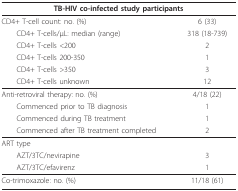
<table><thead><tr><td colspan="2"><b>TB-HIV co-infected study participants</b></td></tr></thead><tbody><tr><td>CD4+ T-cell count: no. (%)</td><td>6 (33)</td></tr><tr><td> CD4+ T-cells/μL: median (range)</td><td>318 (18-739)</td></tr><tr><td> CD4+ T-cells &lt;200</td><td>2</td></tr><tr><td> CD4+ T-cells 200-350</td><td>1</td></tr><tr><td> CD4+ T-cells &gt;350</td><td>3</td></tr><tr><td> CD4+ T-cells unknown</td><td>12</td></tr><tr><td>Anti-retroviral therapy: no. (%)</td><td>4/18 (22)</td></tr><tr><td> Commenced prior to TB diagnosis</td><td>1</td></tr><tr><td> Commenced during TB treatment</td><td>1</td></tr><tr><td> Commenced after TB treatment completed</td><td>2</td></tr><tr><td>ART type</td><td></td></tr><tr><td> AZT/3TC/nevirapine</td><td>3</td></tr><tr><td> AZT/3TC/efavirenz</td><td>1</td></tr><tr><td>Co-trimoxazole: no. (%)</td><td>11/18 (61)</td></tr></tbody></table>